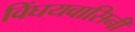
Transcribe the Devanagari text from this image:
विंघयवासिनी